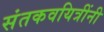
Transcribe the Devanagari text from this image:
संतकवयित्रींनी